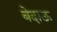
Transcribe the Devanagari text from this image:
बेदाऊ